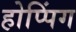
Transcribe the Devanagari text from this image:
होप्पिंग